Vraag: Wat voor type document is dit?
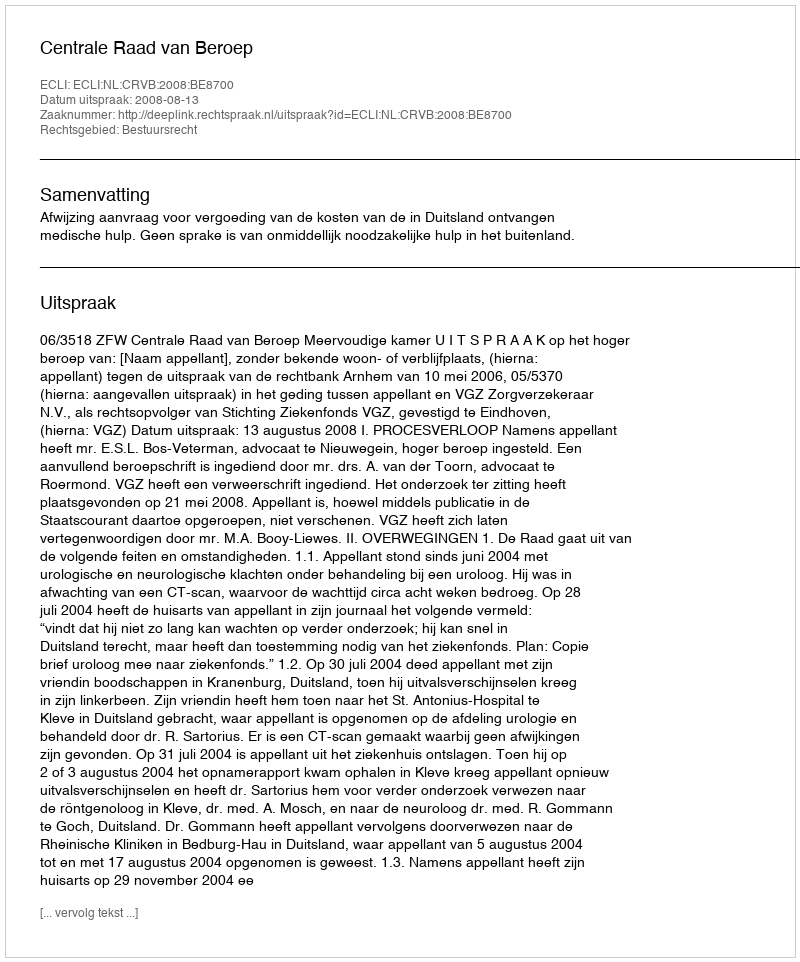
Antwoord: Uitspraak